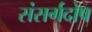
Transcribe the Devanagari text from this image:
संसर्गदोष